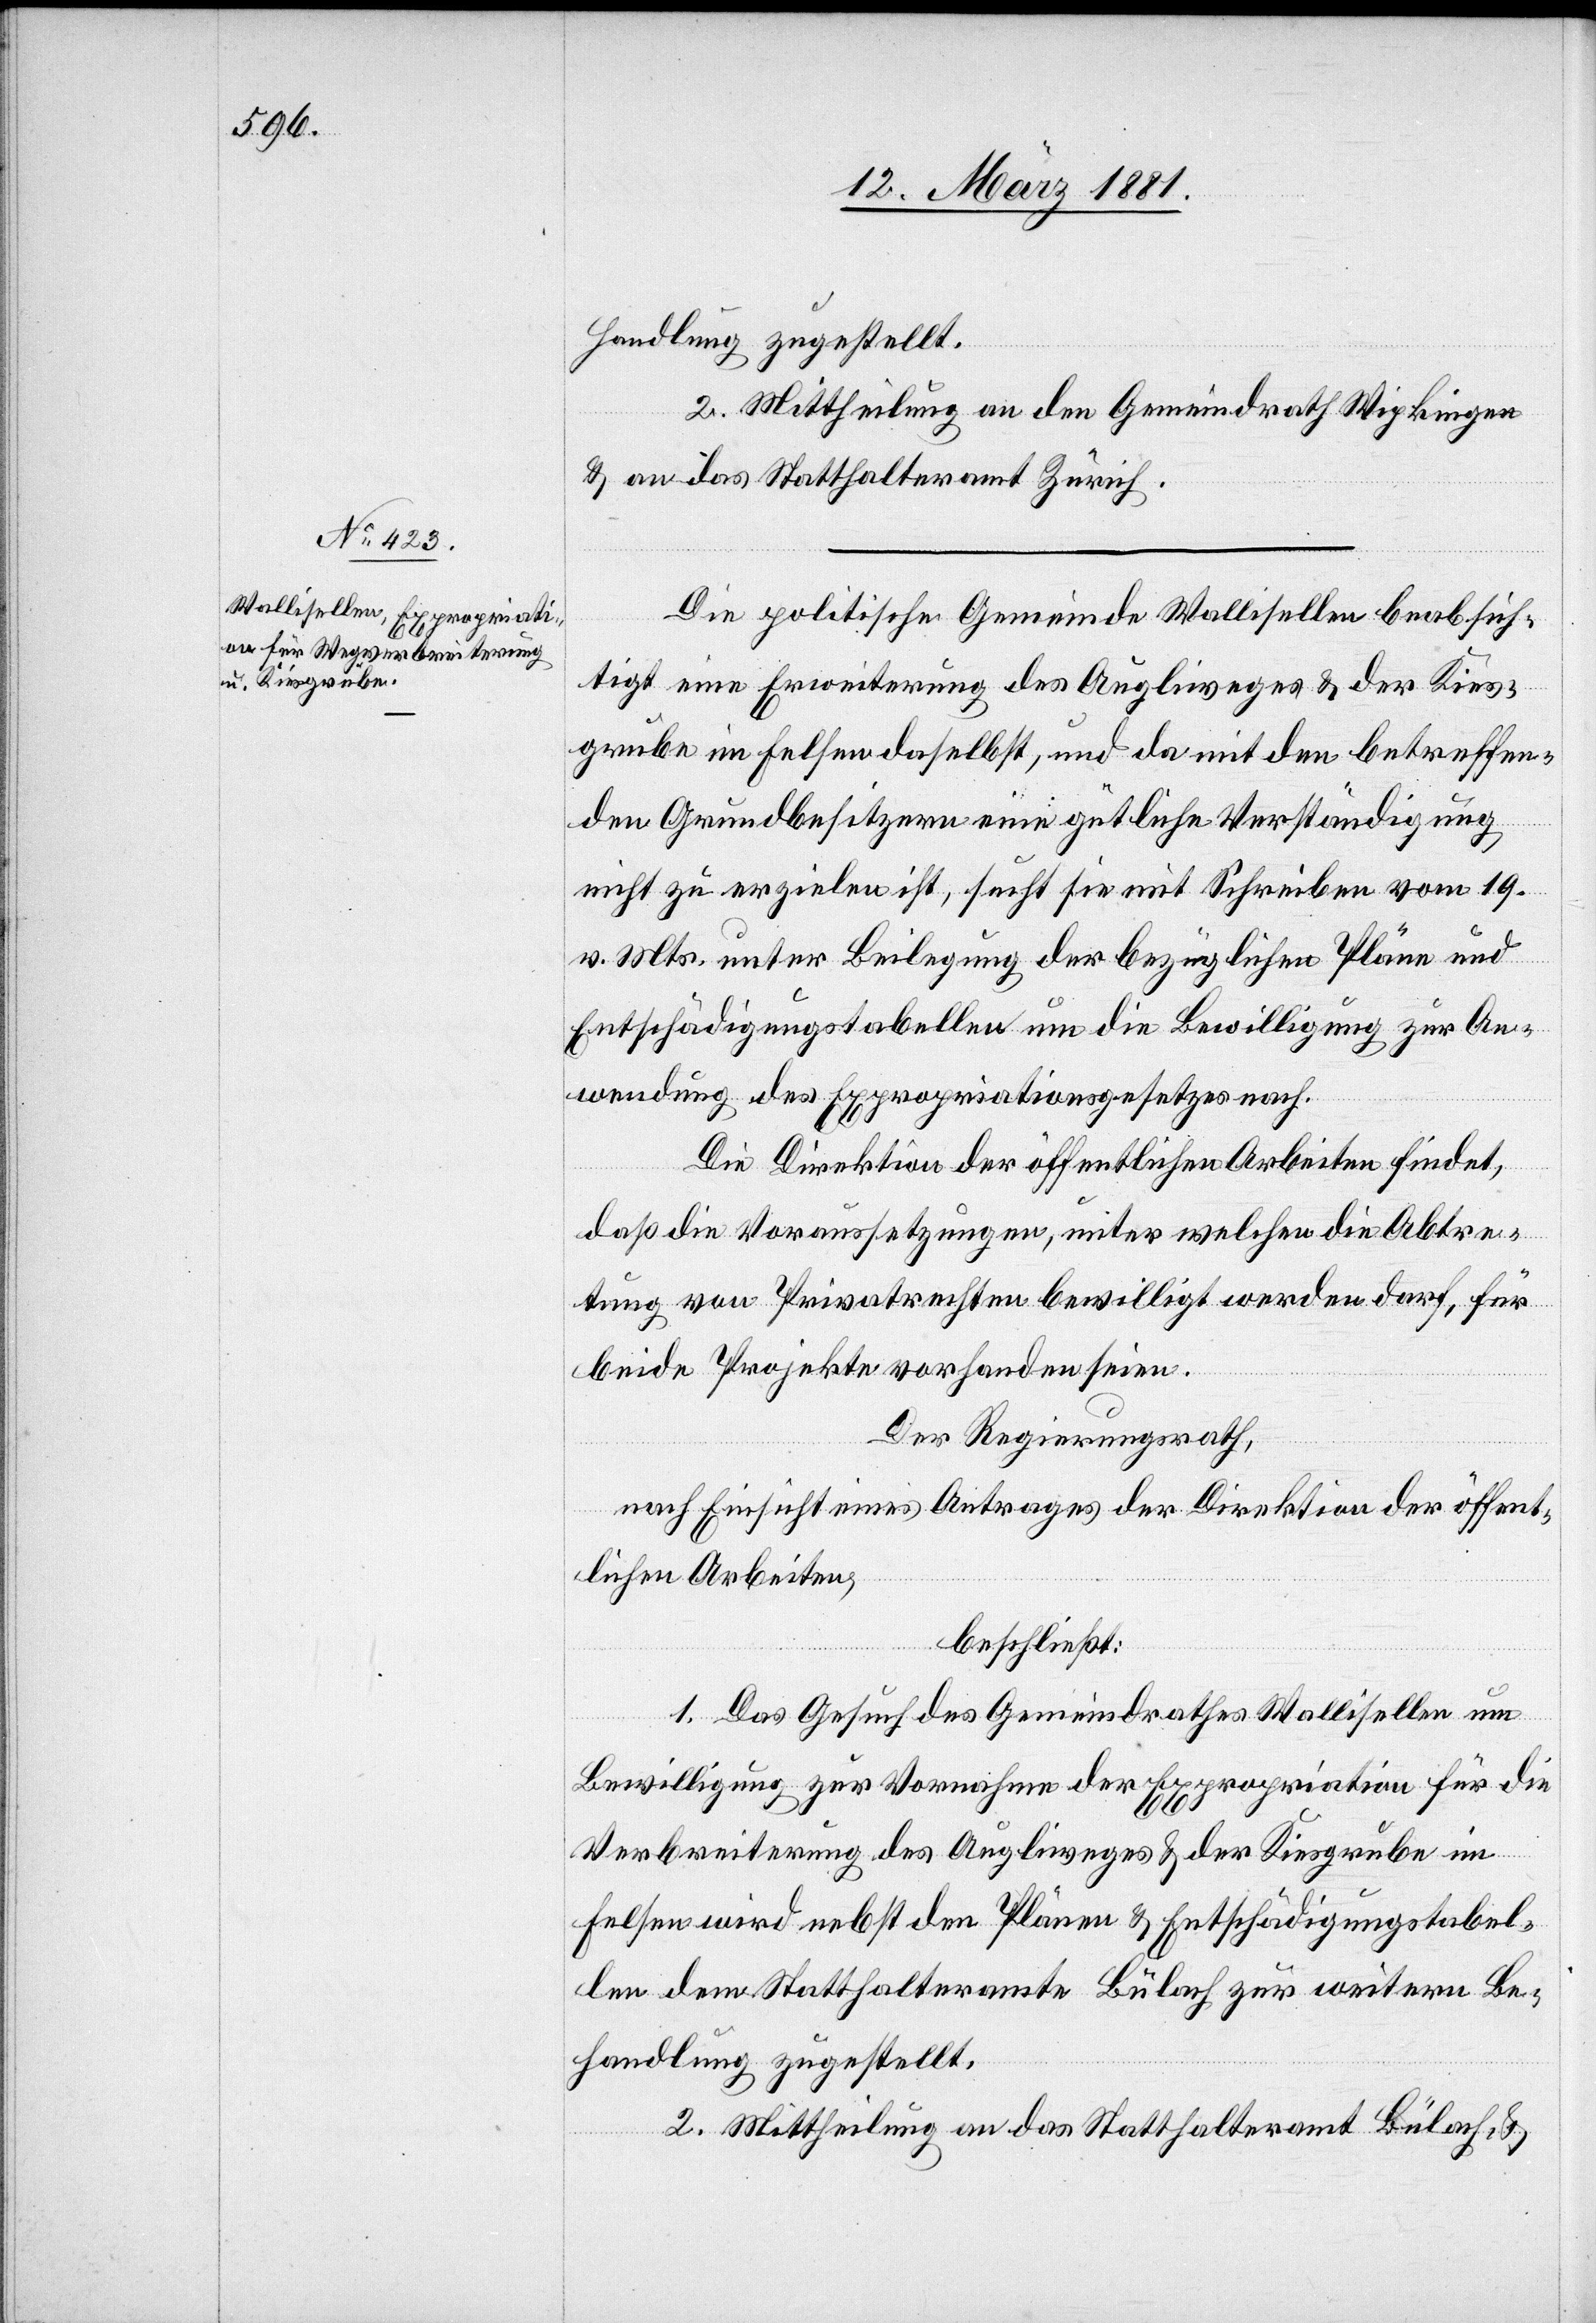
2. Mittheilung an den Gemeindrath Wipkingen
& an das Statthalteramt Zürich.
Die politische Gemeinde Wallisellen beabsich¬
tigt eine Erweiterung des Augliweges & der Kies¬
grube in Felsen daselbst, und da mit den betreffen¬
den Grundbesitzern eine gütliche Verständigung
nicht zu erzielen ist, sucht sie mit Schreiben vom 19.
v. Mts. unter Beilegung der bezüglichen Pläne und
Entschädigungstabellen um die Bewilligung zur An¬
wendung des Expropriationsgesetzes nach.
Die Direktion der öffentlichen Arbeiten findet,
daß die Voraussetzungen, unter welchen die Abtre¬
tung von Privatrechten bewilligt werden darf, für
beide Projekte vorhanden seien.
Der Regierungsrath,
nach Einsicht eines Antrages der Direktion der öffent¬
lichen Arbeiten,
beschließt:
1. Das Gesuch des Gemeindrathes Wallisellen um
Bewilligung zur Vornahme der Expropriation für die
Verbreiterung des Augliweges & der Kiesgrube im
Felsen wird nebst den Plänen & Entschädigungstabel¬
len dem Statthalteramte Bülach zur weitern Be¬
handlung zugestellt.
2. Mittheilung an das Statthalteramt Bülach, &